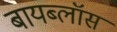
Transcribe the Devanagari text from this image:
बायब्लॉस